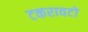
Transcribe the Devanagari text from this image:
टकरावटों